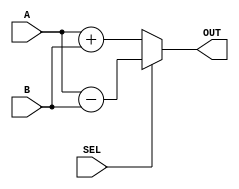
module ADD_SUB_pre (A,B,SEL,OUT);
input [17:0] A,B;
input SEL ;
output reg [17:0] OUT;

always@(*)begin
    if(SEL==0)
OUT=A+B;
    else 
OUT=A-B;
end
endmodule